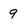
Character: 9